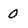
Character: 0